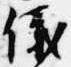
儀